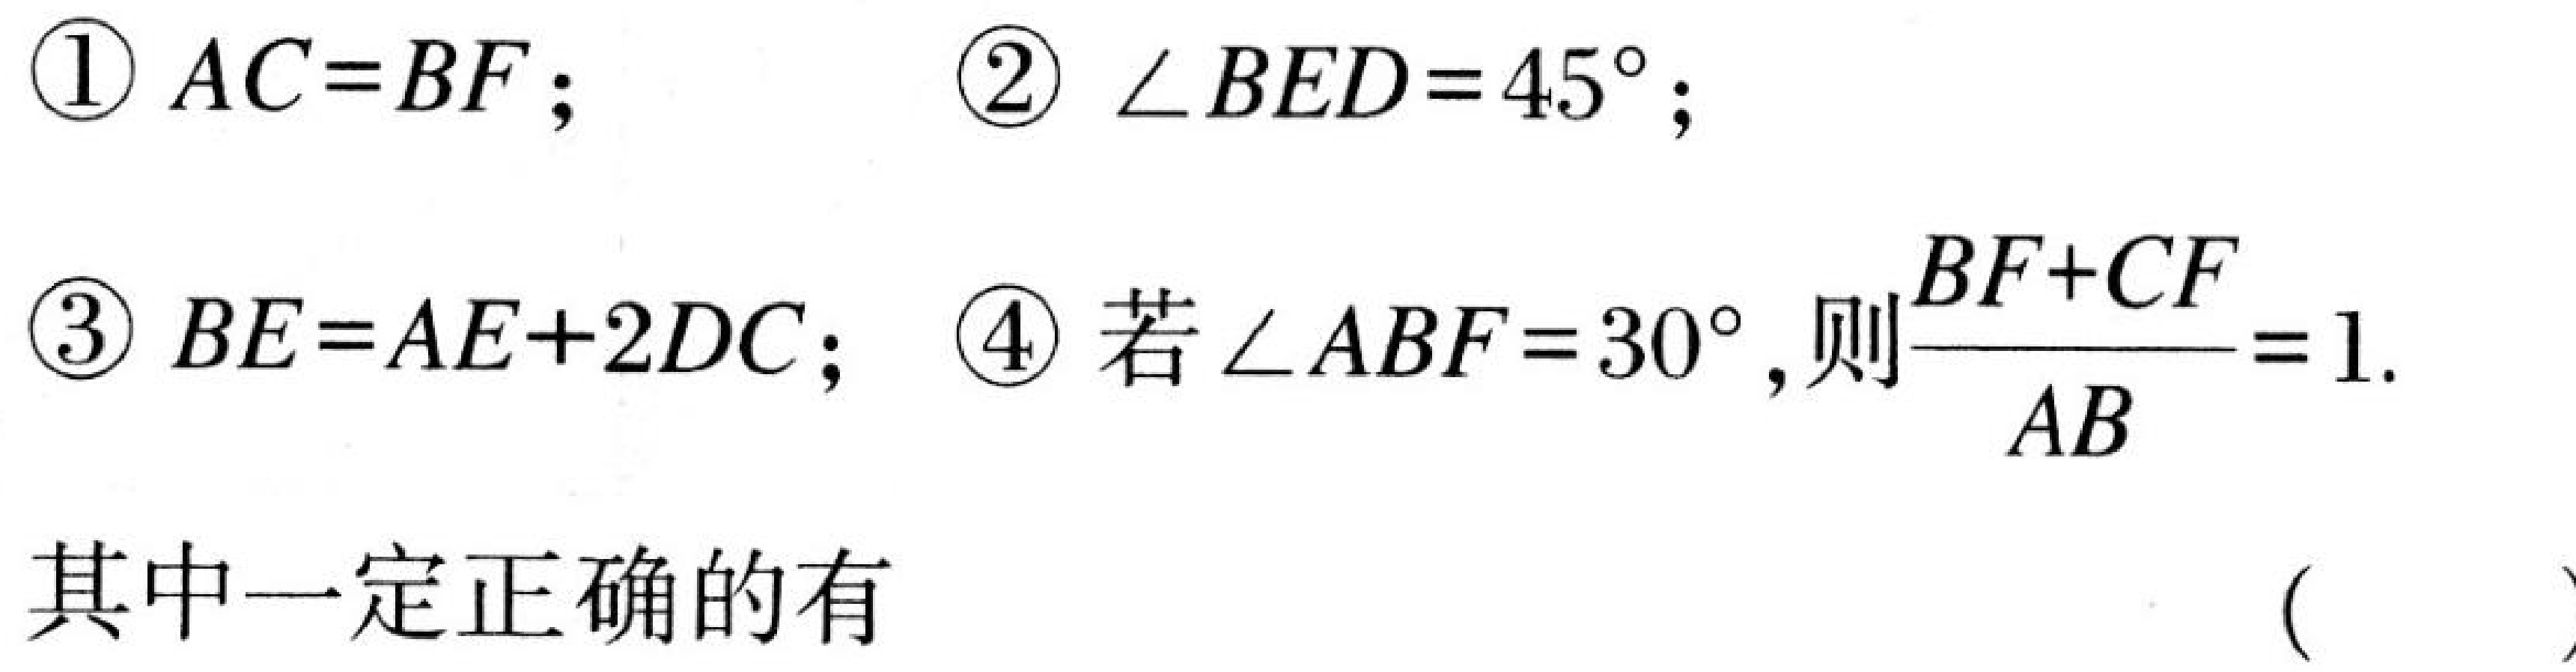
\textcircled{1} \(AC = BF\); \textcircled{2} \(\angle BED = 45^{\circ}\);
\textcircled{3} \(BE = AE + 2DC\); \textcircled{4} 若\(\angle ABF = 30^{\circ}\), 则\(\frac{BF + CF}{AB}=1\).
其中一定正确的有  (  )